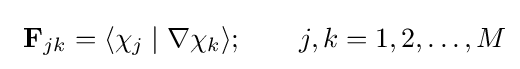
\ \mathbf {F} _{jk}=\langle \chi _{j}\mid \nabla \chi _{k}\rangle ;\qquad j,k=1,2,\ldots ,M